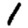
Digit: 1